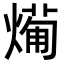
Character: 𭵸